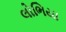
લોભિયા